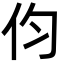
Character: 伨